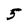
Character: 5